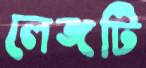
লেঙ্গটি